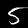
Digit: 5